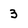
Character: 3